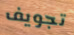
تجويف